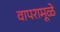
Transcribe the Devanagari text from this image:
वापरामूळे